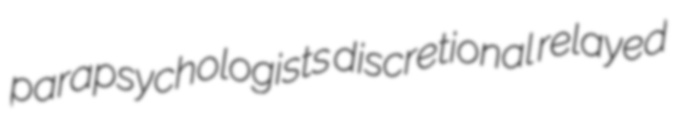
parapsychologists discretional relayed